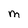
Character: M